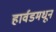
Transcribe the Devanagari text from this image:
हार्वडमधून